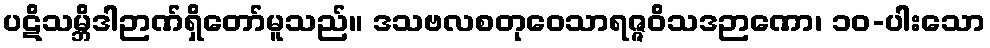
ပဋိသမ္ဘိဒါဉာဏ်ရှိတော်မူသည်။ ဒသဗလစတုဝေသာရဇ္ဇဝိသဒဉာဏော၊ ၁၀-ပါးသော